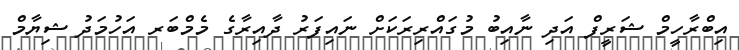
އިބްރާހީމް ޝަރީފް އަދި ނާއިބު މުގައްރިރަކަށް ނައިފަރު ދާއިރާގެ މެމްބަރ އަހުމަދު ޝިޔާމް